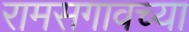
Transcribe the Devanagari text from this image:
रामसगावच्या